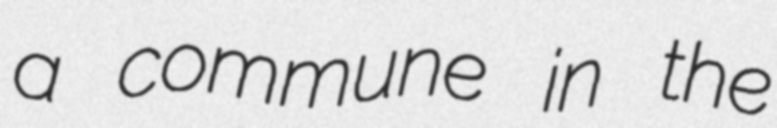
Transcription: a commune in the